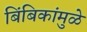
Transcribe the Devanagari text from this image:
बिंबिकांमुळे